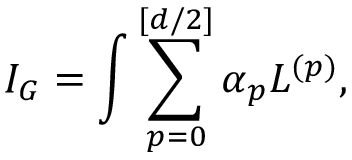
I _ { G } = \int \sum _ { p = 0 } ^ { [ d / 2 ] } \alpha _ { p } L ^ { ( p ) } ,